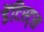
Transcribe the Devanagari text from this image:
डेंटिस्ट्स